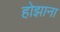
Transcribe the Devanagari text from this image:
होझाना